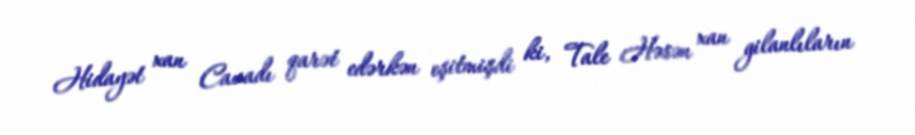
Hidayət xan Cavadı qarət edərkən eşitmişdi ki, Tale Həsən xan gilanlıların